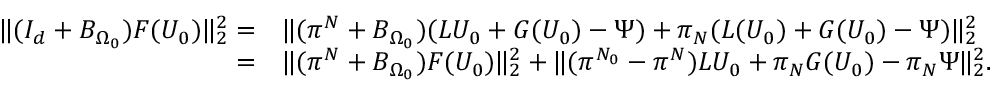
\begin{array} { r l } { \| ( I _ { d } + B _ { \Omega _ { 0 } } ) F ( U _ { 0 } ) \| _ { 2 } ^ { 2 } = } & { \| ( \pi ^ { N } + B _ { \Omega _ { 0 } } ) ( L U _ { 0 } + G ( U _ { 0 } ) - \Psi ) + \pi _ { N } ( L ( U _ { 0 } ) + G ( U _ { 0 } ) - \Psi ) \| _ { 2 } ^ { 2 } } \\ { = } & { \| ( \pi ^ { N } + B _ { \Omega _ { 0 } } ) F ( U _ { 0 } ) \| _ { 2 } ^ { 2 } + \| ( \pi ^ { N _ { 0 } } - \pi ^ { N } ) L U _ { 0 } + \pi _ { N } G ( U _ { 0 } ) - \pi _ { N } \Psi \| _ { 2 } ^ { 2 } . } \end{array}